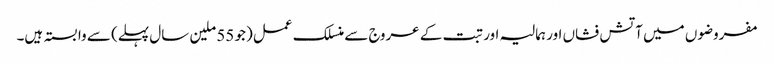
مفروضوں میں آتش فشاں اور ہمالیہ اور تبت کے عروج سے منسلک عمل (جو 55 ملین سال پہلے) سے وابستہ ہیں۔